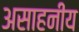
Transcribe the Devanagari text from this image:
असाहनीय